Annual report on the health of the army in India
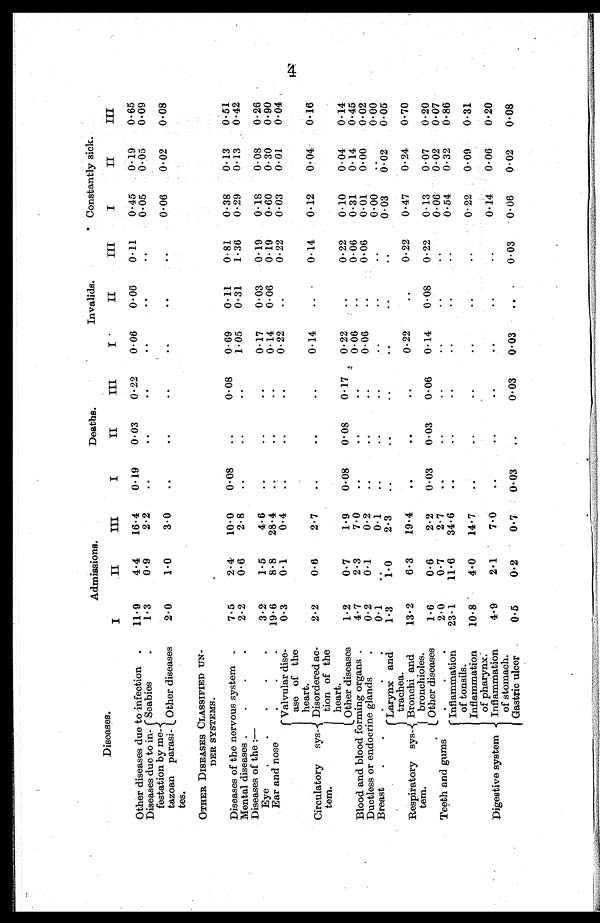
Diseases.
Admissions.
Deaths.
Invalids.
. Constantly sick.
I
II
III
I
II
III
I
II
III
I
II
III
Other diseases due to infection .
11.9
4.4
16.4
0.19
0.03
0.22
0.06
0.06
0.11
0.45
0.19
0.65
Diseases due to in
¬festation by me
¬tazoan parasi
¬tes.
Scabies
1.3
0.9
2.2
..
..
..
..
..
..
0.05
0.05
0.09
Other diseases
2.0
1.0
3.0
..
..
..
..
. .
..
0.06
0.02
0.08
OTHER DISEASES CLASSIFIED UN
¬DER SYSTEMS.
Diseases of the nervous system .
7.5
2.4
10.0
0.08
..
0.08
0.69
0.11
0.81
0.38
0.13
0.51
Mental diseases.
.
.
.
2.2
0.6
2.8
..
..
..
1.05
0.31
1.36
0.29
0.13
0.42
Diseases of the :—
Eye.
.
.
.
.
3.2
1.5
4.6
..
..
..
0.17
0.03
0.19
0.18
0.08
0.26
Ear and nose
.
.
.
19.6
8.8
28.4
..
..
0.14
0.06
0.19
0.60
0.30
0.90
Circulatory sys
¬tem.
Valvular dise
¬ase of the
heart.
0.3
0.1
0.4
..
..
..
0.22
..
0.22
0.03
0.01
0.04
Disordered ac
¬tion of the
heart.
2.2
0.6
2.7
..
..
..
0.14
.. .
0.14
0.12
0.04
0.16
Other diseases
1. 2
0.7
1.9
0.08
0.08
0.17
0.22
0.22
0.10
0.04
0.14
Blood and blood forming organs .
4.7
2.3
7.0
..
..
..
0.06
..
0.06
0.31
0.14
0.45
Ductless or endocrine glands
0.2
0.1
0.2
..
..
..
0.06
..
0.06
0.01
0.00
0.02
Breast
.
.
0.1
..
0.1
..
..
..
. .
...
0.00
..
0.00
Respiratory sys
¬tem.
Larynx and
trachea.
1.3
1.0
2.3
..
..
..
..
..
..
0.03
0.02
0.05
Bronchi and
bronchioles.
13.2
6.3
19.4
..
..
..
0.22
..
0.22
0.47
0.24
0.70
Other diseases
1.6
0.6
2.2
0.03
0.03
0.06
0.14
0.08
0.22
0.13
0.07
0.20
Teeth and gum
2.0
0.7
2.7
..
. .
. .
. .
. .
..
0.06
0.02
0.07
Digestive system
Inflammation
of tonsils.
23.1
11.6
34.6
..
. .
..
. .
. .
..
0.54
0.32
0.86
Inflammation
of pharynx.
10.8
4 . 0
14.7
..
..
..
..
..
..
0.22
0.09
0.31
Inflammation
of stomach.
4.9
2.1
7.0
..
..
..
..
..
..
0.14
0.06
0.20
Gastric ulcer
0.5
0.2
0.7
0 . 03
..
0.03
0.03
. .
0.03
0.06
0.02
0.08